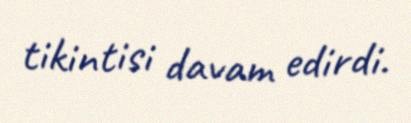
tikintisi davam edirdi.